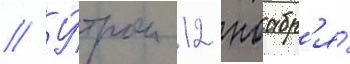
// У́тром 12 ноабр'я́